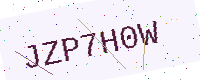
Text: JZP7H0W